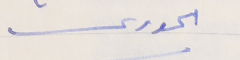
الحورى